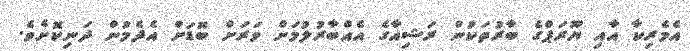
އެމެރިކާ އާއި ޔޫރަޕްގެ ބާރުތަކުން ރަޝިއާގެ އެއްބާރުލުމަށް ވަރަށް ބޮޑަށް އެދެމުން ދަނިކޮށެވެ.